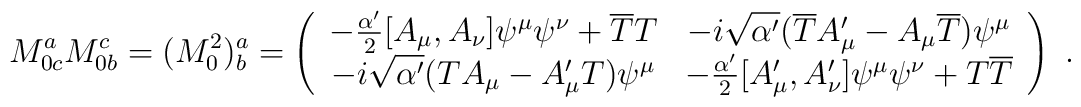
M^a_{0c}M^c_{0b}=(M_0^2)^a_b=\left(\begin{array}{cc}-\frac{\alpha'}{2}[A_{\mu},A_{\nu}]\psi^{\mu}\psi^{\nu} +\overline{T}T &-i\sqrt{\alpha'}(\overline{T}A'_{\mu}-A_{\mu}\overline{T})\psi^{\mu} \\-i\sqrt{\alpha'}(TA_{\mu}-A'_{\mu}T)\psi^{\mu} & -\frac{\alpha'}{2}[A_{\mu}',A'_{\nu}]\psi^{\mu}\psi^{\nu}+T\overline{T} \\\end{array}\right) \ .